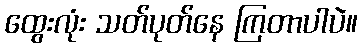
ထွေးလုံး သတ်ပုတ်နေ ကြတာပါပဲ။